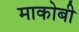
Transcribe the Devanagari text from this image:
माकोबी